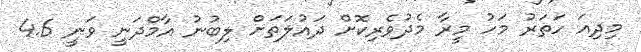
މިދިއަ ހަތަރު މަހު މީރާ މެދުވެރިކޮށް ދައުލަތަށް ލިބުނު އާމްދަނީ ވަނީ 4.6